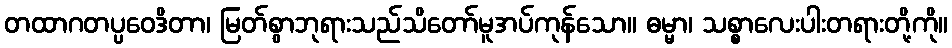
တထာဂတပ္ပဝေဒိတာ၊ မြတ်စွာဘုရားသည်သိတော်မူအပ်ကုန်သော။ ဓမ္မာ၊ သစ္စာလေးပါးတရားတို့ကို။